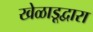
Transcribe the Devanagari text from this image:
खेळाडूद्वारा